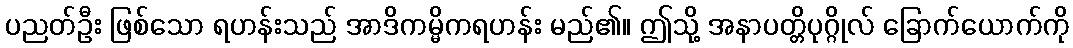
ပညတ်ဦး ဖြစ်သော ရဟန်းသည် အာဒိကမ္မိကရဟန်း မည်၏။ ဤသို့ အနာပတ္တိပုဂ္ဂိုလ် ခြောက်ယောက်ကို